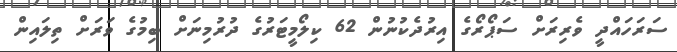
ސަރަހައްދީ ވެރިރަށް ސަޕޯރޯގެ އިރުދެކުނުން 62 ކިލޯމީޓަރުގެ ދުރުމިނަށް ބިމުގެ ވަރަށް ތިލައިން